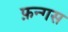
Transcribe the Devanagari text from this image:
फ़न्गस